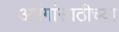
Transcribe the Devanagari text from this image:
अपंगांसाठीच्या